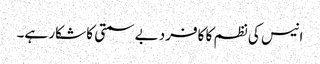
انیس کی نظم کا کافرد بے سمتی کا شکار ہے۔